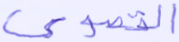
القصوى